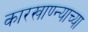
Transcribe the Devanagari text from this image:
कारखाण्न्याच्या